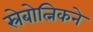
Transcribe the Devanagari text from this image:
स्रेबोत्निकने